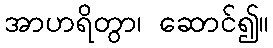
အာဟရိတွာ၊ ဆောင်၍။